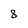
Character: 8